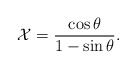
\begin{align*}{\cal X} = \frac{\cos \theta}{1 - \sin \theta}.\end{align*}